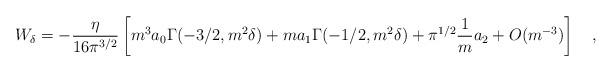
LaTeX: \begin{align*}W_\delta=-{\eta \over 16 \pi^{3/2}}\left[m^3 a_0\Gamma(-3/2,m^2\delta)+ma_1\Gamma(-1/2,m^2\delta)+\pi^{1/2}{1 \over m} a_2+O(m^{-3})\right]~~~,\end{align*}